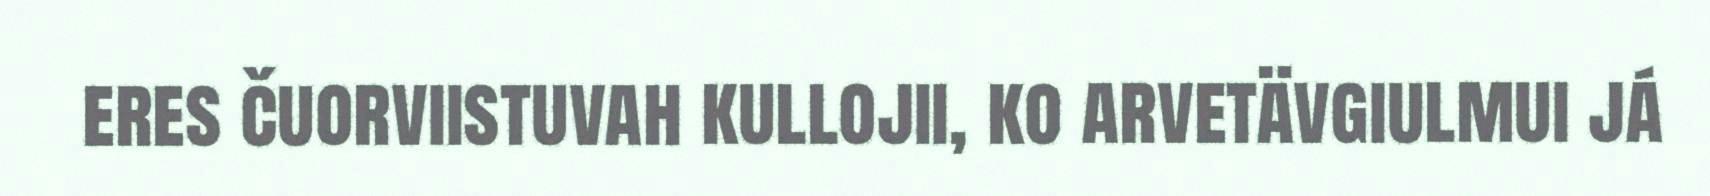
eres čuorviistuvah kullojii, ko arvetävgiulmui já